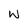
Character: W